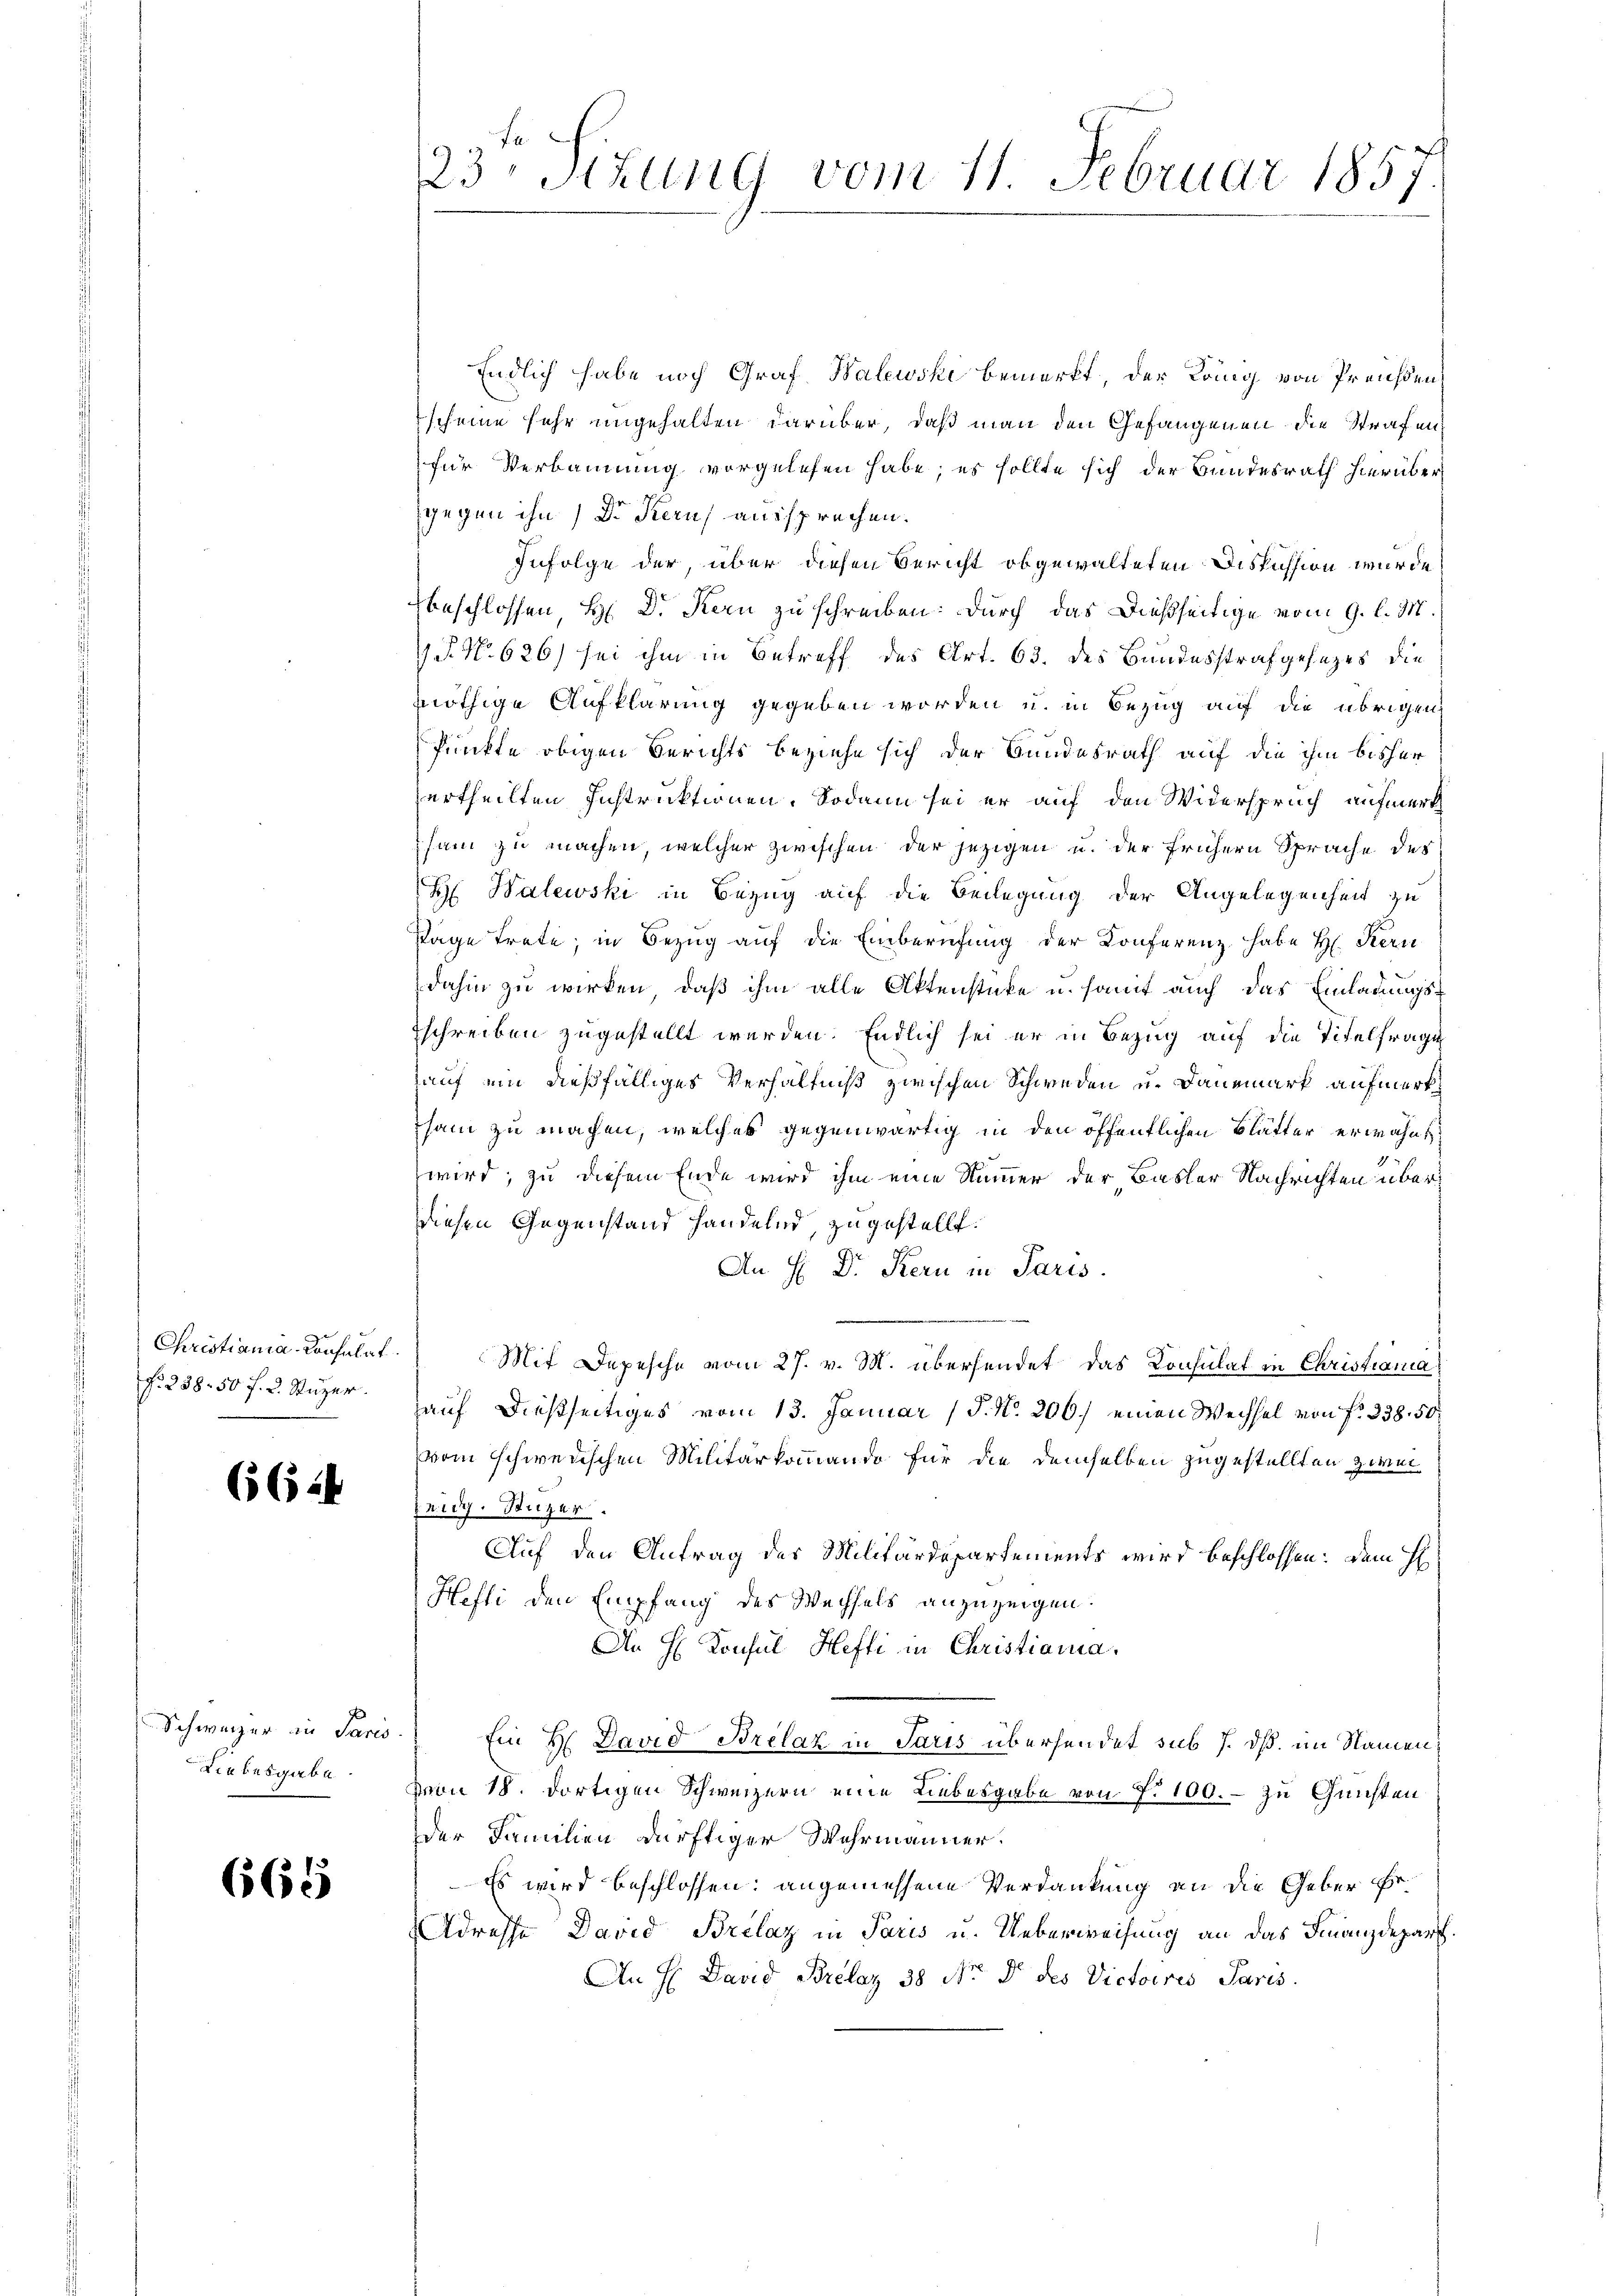
Christiania-Consulat
N. 238. 50 f. 2. Stuzer.

6624

Schweizer in Paris.
Liebesgabe.

665

23 Stung vom 11. Februar 1857

Endlich habe noch Graf Walewski bemerkt, der König von Preußen,
scheine sehr ungehalten darüber, daß man den Gefangenen die Strafenfür Verbannung vorgelesen habe; es sollte sich der Bundesrath hierüber
gegen ihn Dr Kern aussprechen.
Zufolge der, über diesen Bericht obgewalteten Diskussion wurde
Beschlossen H. Dr. Kern zu schreiben: Durch das dießseitige vom 9. l. M.
4 P No 626) sei ihm in Betreff des Art. 63. des Bundesstrafgesezes die
nöthige Aufklärung gegeben worden u. in Bezug auf die übrigen
Punkte obigen Berichts beziehe sich der Bundesrath auf die ihm bisher
urtheilten Instruktionen. Sodann sei er auf den Widerspruch aufmerk
sam zu machen, welcher zwischen der jezigen u. der frühern Sprache des
H Walewski in Bezug auf die Beilegung der Angelegenheit zu
sage trete; in Bezug auf die Einberufung der Konferenz habe Hr. Kern
dahin zu wirken, daß ihm alle Aktenstücke u. samt auch das Einladungsschreiben zugestellt werden. Endlich sei er in Bezug auf die Titelfrage
auf ein dießfälliges Verhältniß zwischen Schweden u. Danemark aufmerk
sam zu machen, welches gegenwärtig in den öffentlichen Blätter erwähnt,
wird, zu diesem Ende wird ihm eine Nummer der Basler Nachrichten überdiesen Gegenstand handelnd, zugestellt.
An H. Dr. Kern in Paris.
Mit Depesche vom 27. v. M. übersendet das Konsulat in Christiana
auf dießseitiges vom 13. Januar (§. N. 206.) einen Wechsel von f. 338. 50
vom schwedischen Militärkommando für die demselben zugestellten zwei¬
Zeidg. Süzer.
Auf den Antrag des Militärdepartements wird beschlossen: dem H
Hefti den Empfang des Wechsels anzuzeigen.
An H Konsul Hefti in Christiania.
Ein H. David Brelaz in Paris übersendet sub 7. dß. im Namenvon 18. dortigen Schweizern eine Liebesgabe von N. 100. - zu Gunsten
der Familien dürftiger Wehrmänner.
Es wird beschlossen: angemessene Verdankung an die Geber Er¬
Adresse David Brilaz in Paris u. Ueberweisung an das Finanzdepart
An H. David Brelaz 38. No. 8 des Victoires Paris.